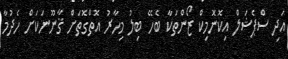
އަދި ސްޕެޝަލް އިކޮނޮމިކް ޒޯންތަކާ ބެހޭ ބިލު މިހާރު އޮތްގޮތަށް ޤާނޫނަކަށް ހެދުމާ